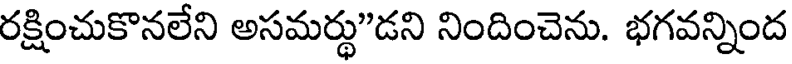
రక్షించుకొనలేని అసమర్థు"డని నిందించెను. భగవన్నింద